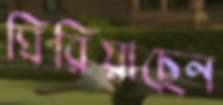
ঘিরিয়াছেন